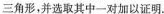
三角形，并选取其中一对加以证明。